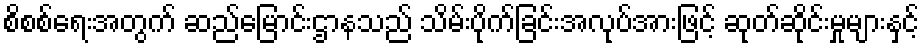
စိစစ်ရေးအတွက် ဆည်မြောင်းဌာနသည် သိမ်းပိုက်ခြင်းအလုပ်အားဖြင့် ဆုတ်ဆိုင်းမှုများနှင့်